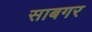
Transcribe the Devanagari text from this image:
साबगर